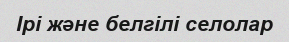
Ірі және белгілі селолар